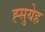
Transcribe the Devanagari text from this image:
ह्सुयेह